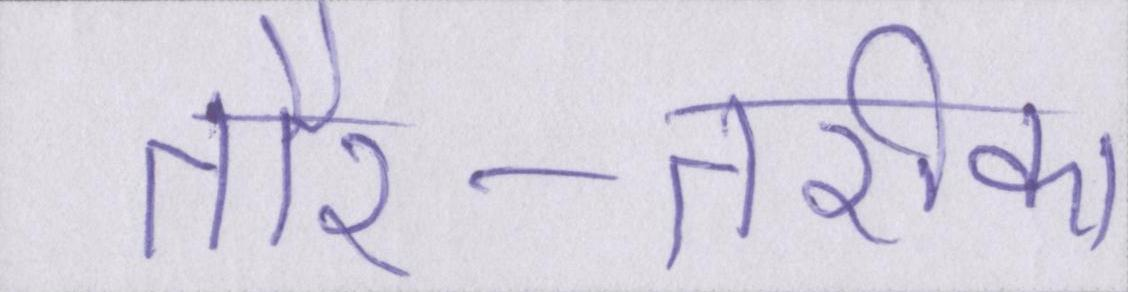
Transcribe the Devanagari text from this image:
तौर-तरीका